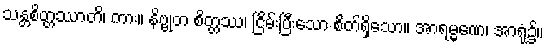
သန္တစိတ္တဿာတိ၊ ကား။ နိဗ္ဗုတ စိတ္တဿ၊ ငြိမ်းပြီးသော စိတ်ရှိသော။ အာရမ္မဏေ၊ အာရုံ၌။